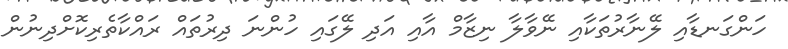
ހަންގަނޑާއި ލޭނާރުތަކާއި ނޭވާލާ ނިޒާމް އާއި އަދި ލޭގައި ހުންނަ ދިރުތައް ރައްކާތެރިކޮށްދިނުން